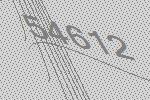
54612